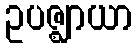
ဥပဇ္ဈာယာ